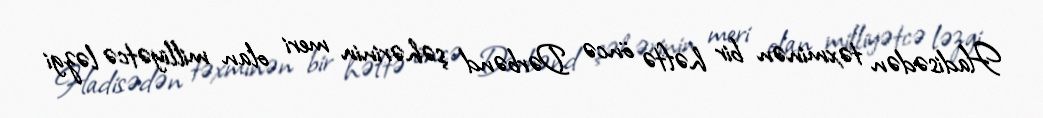
Hadisədən təxminən bir həftə öncə Dərbənd şəhərinin meri olan milliyətcə ləzgi